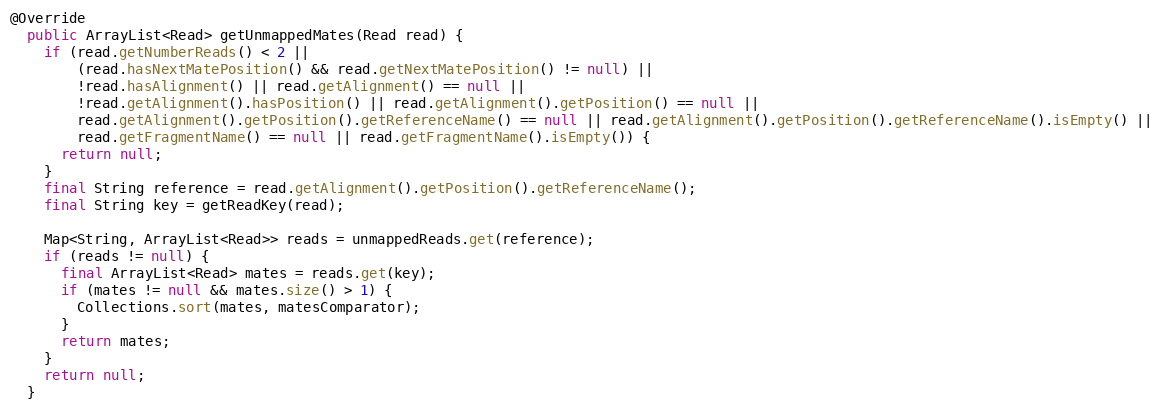
Language: Java
@Override
  public ArrayList<Read> getUnmappedMates(Read read) {
    if (read.getNumberReads() < 2 ||
        (read.hasNextMatePosition() && read.getNextMatePosition() != null) ||
        !read.hasAlignment() || read.getAlignment() == null ||
        !read.getAlignment().hasPosition() || read.getAlignment().getPosition() == null ||
        read.getAlignment().getPosition().getReferenceName() == null || read.getAlignment().getPosition().getReferenceName().isEmpty() ||
        read.getFragmentName() == null || read.getFragmentName().isEmpty()) {
      return null;
    }
    final String reference = read.getAlignment().getPosition().getReferenceName();
    final String key = getReadKey(read);

    Map<String, ArrayList<Read>> reads = unmappedReads.get(reference);
    if (reads != null) {
      final ArrayList<Read> mates = reads.get(key);
      if (mates != null && mates.size() > 1) {
        Collections.sort(mates, matesComparator);
      }
      return mates;
    }
    return null;
  }